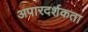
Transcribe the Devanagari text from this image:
अपारदर्शकता